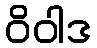
ဝိဝါဒ